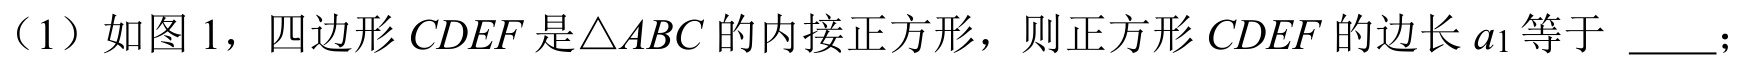
（1）如图 1，四边形$CDEF$是$\triangle ABC$的内接正方形，则正方形$CDEF$的边长$a_{1}$等于 \_\_\_\_；